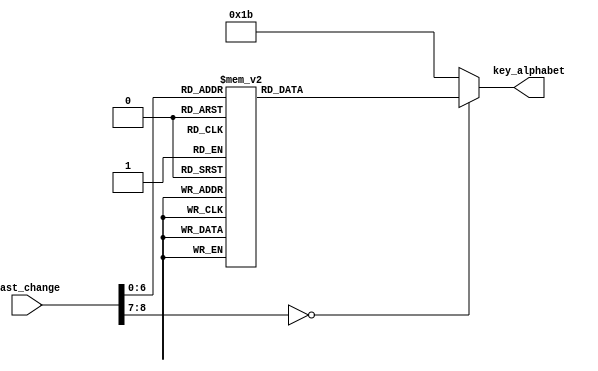
`timescale 1ns / 1ps
//////////////////////////////////////////////////////////////////////////////////
// Company: 
// Engineer: 
// 
// Design Name: 
// Module Name: last_change_decoder
// Project Name: 
// Target Devices: 
// Tool Versions: 
// Description: 
// 
// Dependencies: 
// 
// Revision:
// Revision 0.01 - File Created
// Additional Comments:
// 
//////////////////////////////////////////////////////////////////////////////////


module last_change_decoder(last_change, key_alphabet);
    input [8:0] last_change;
    output [4:0] key_alphabet;
    
    reg [4:0] key_alphabet;
    
    always @* begin
        case(last_change)
            9'h1C: key_alphabet = 5'd01;    //A
            9'h32: key_alphabet = 5'd02;    //B
            9'h21: key_alphabet = 5'd03;    //C
            9'h23: key_alphabet = 5'd04;    //D
            9'h24: key_alphabet = 5'd05;    //E
            9'h2B: key_alphabet = 5'd06;    //F
            9'h34: key_alphabet = 5'd07;    //G
            9'h33: key_alphabet = 5'd08;    //H
            9'h43: key_alphabet = 5'd09;    //I
            9'h3B: key_alphabet = 5'd10;    //J
            
            9'h42: key_alphabet = 5'd11;    //K
            9'h4B: key_alphabet = 5'd12;    //L
            9'h3A: key_alphabet = 5'd13;    //M
            9'h31: key_alphabet = 5'd14;    //N
            9'h44: key_alphabet = 5'd15;    //O
            9'h4D: key_alphabet = 5'd16;    //P
            9'h15: key_alphabet = 5'd17;    //Q
            9'h2D: key_alphabet = 5'd18;    //R
            9'h1B: key_alphabet = 5'd19;    //S
            9'h2C: key_alphabet = 5'd20;    //T
            
            9'h3C: key_alphabet = 5'd21;    //U
            9'h2A: key_alphabet = 5'd22;    //V
            9'h1D: key_alphabet = 5'd23;    //W
            9'h22: key_alphabet = 5'd24;    //X
            9'h35: key_alphabet = 5'd25;    //Y
            9'h1A: key_alphabet = 5'd26;    //Z
            
            default: key_alphabet = 5'd27;
        endcase
    end
endmodule